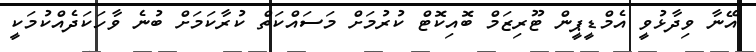
އޭނާ ވިދާޅުވީ އެމްޑީޕީން ޓޫރިޒަމް ބޮއިކޮޓް ކުރުމަށް މަސައްކަތް ކުރާކަމަށް ބުނެ ވާހަކަދެއްކުމަކީ